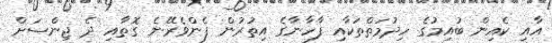
އާއި ކެއިން ބުއިމުގެ ހިދުމަތްތަކާއި ފާހާނާގެ އިތުރުން ފެންވެރޭނެ ގޮތާއި ދެ ޖިންސަށް